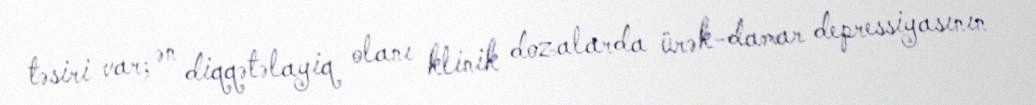
təsiri var; ən diqqətəlayiq olanı klinik dozalarda ürək-damar depressiyasının